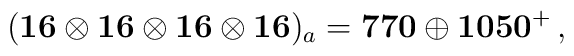
(\mathbf{16\otimes16\otimes16\otimes16})_a =\mathbf{770} \oplus \mathbf{1050}^+\, ,